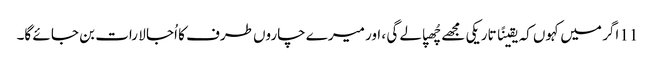
11 اگر میں کہوں کہ یقینًا تاریکی مجھے چُھپا لے گی ، اور میرے چاروں طرف کا اُجا لا رات بن جا ئے گا۔